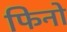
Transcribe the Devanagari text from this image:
फिनो